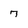
Character: 7